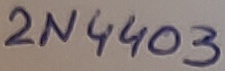
Text: 2N4403